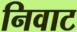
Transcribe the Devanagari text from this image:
निवाट